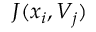
J ( x _ { i } , V _ { j } )